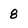
Character: 8